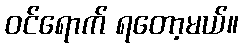
ဝင်ရောက် ရတော့မယ်။